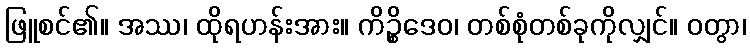
ဖြူစင်၏။ အဿ၊ ထိုရဟန်းအား။ ကိဉ္စိဒေဝ၊ တစ်စုံတစ်ခုကိုလျှင်။ ဝတွာ၊